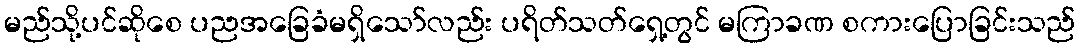
မည်သို့ပင်ဆိုစေ ပညအခြေခံမရှိသော်လည်း ပရိတ်သတ်ရှေ့တွင် မကြာခဏ စကားပြောခြင်းသည်